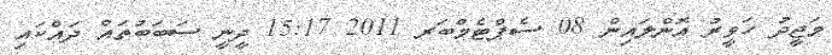
މަޖީދު ހަވީރު އޮންލައިން 08 ސެޕްޓެމްބަރ 2011 15:17 ދީނީ ސަބަބުތައް ދައްކައި